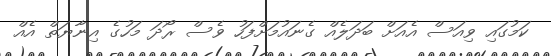
ކަމުގައި ވިއަސް އެއަށް ބަދަލެއް ގެނައުމަށްފަހު ވެސް ރޯދަ މަހުގެ އިނާޔަތް އެއް